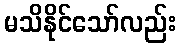
မသိနိုင်သော်လည်း